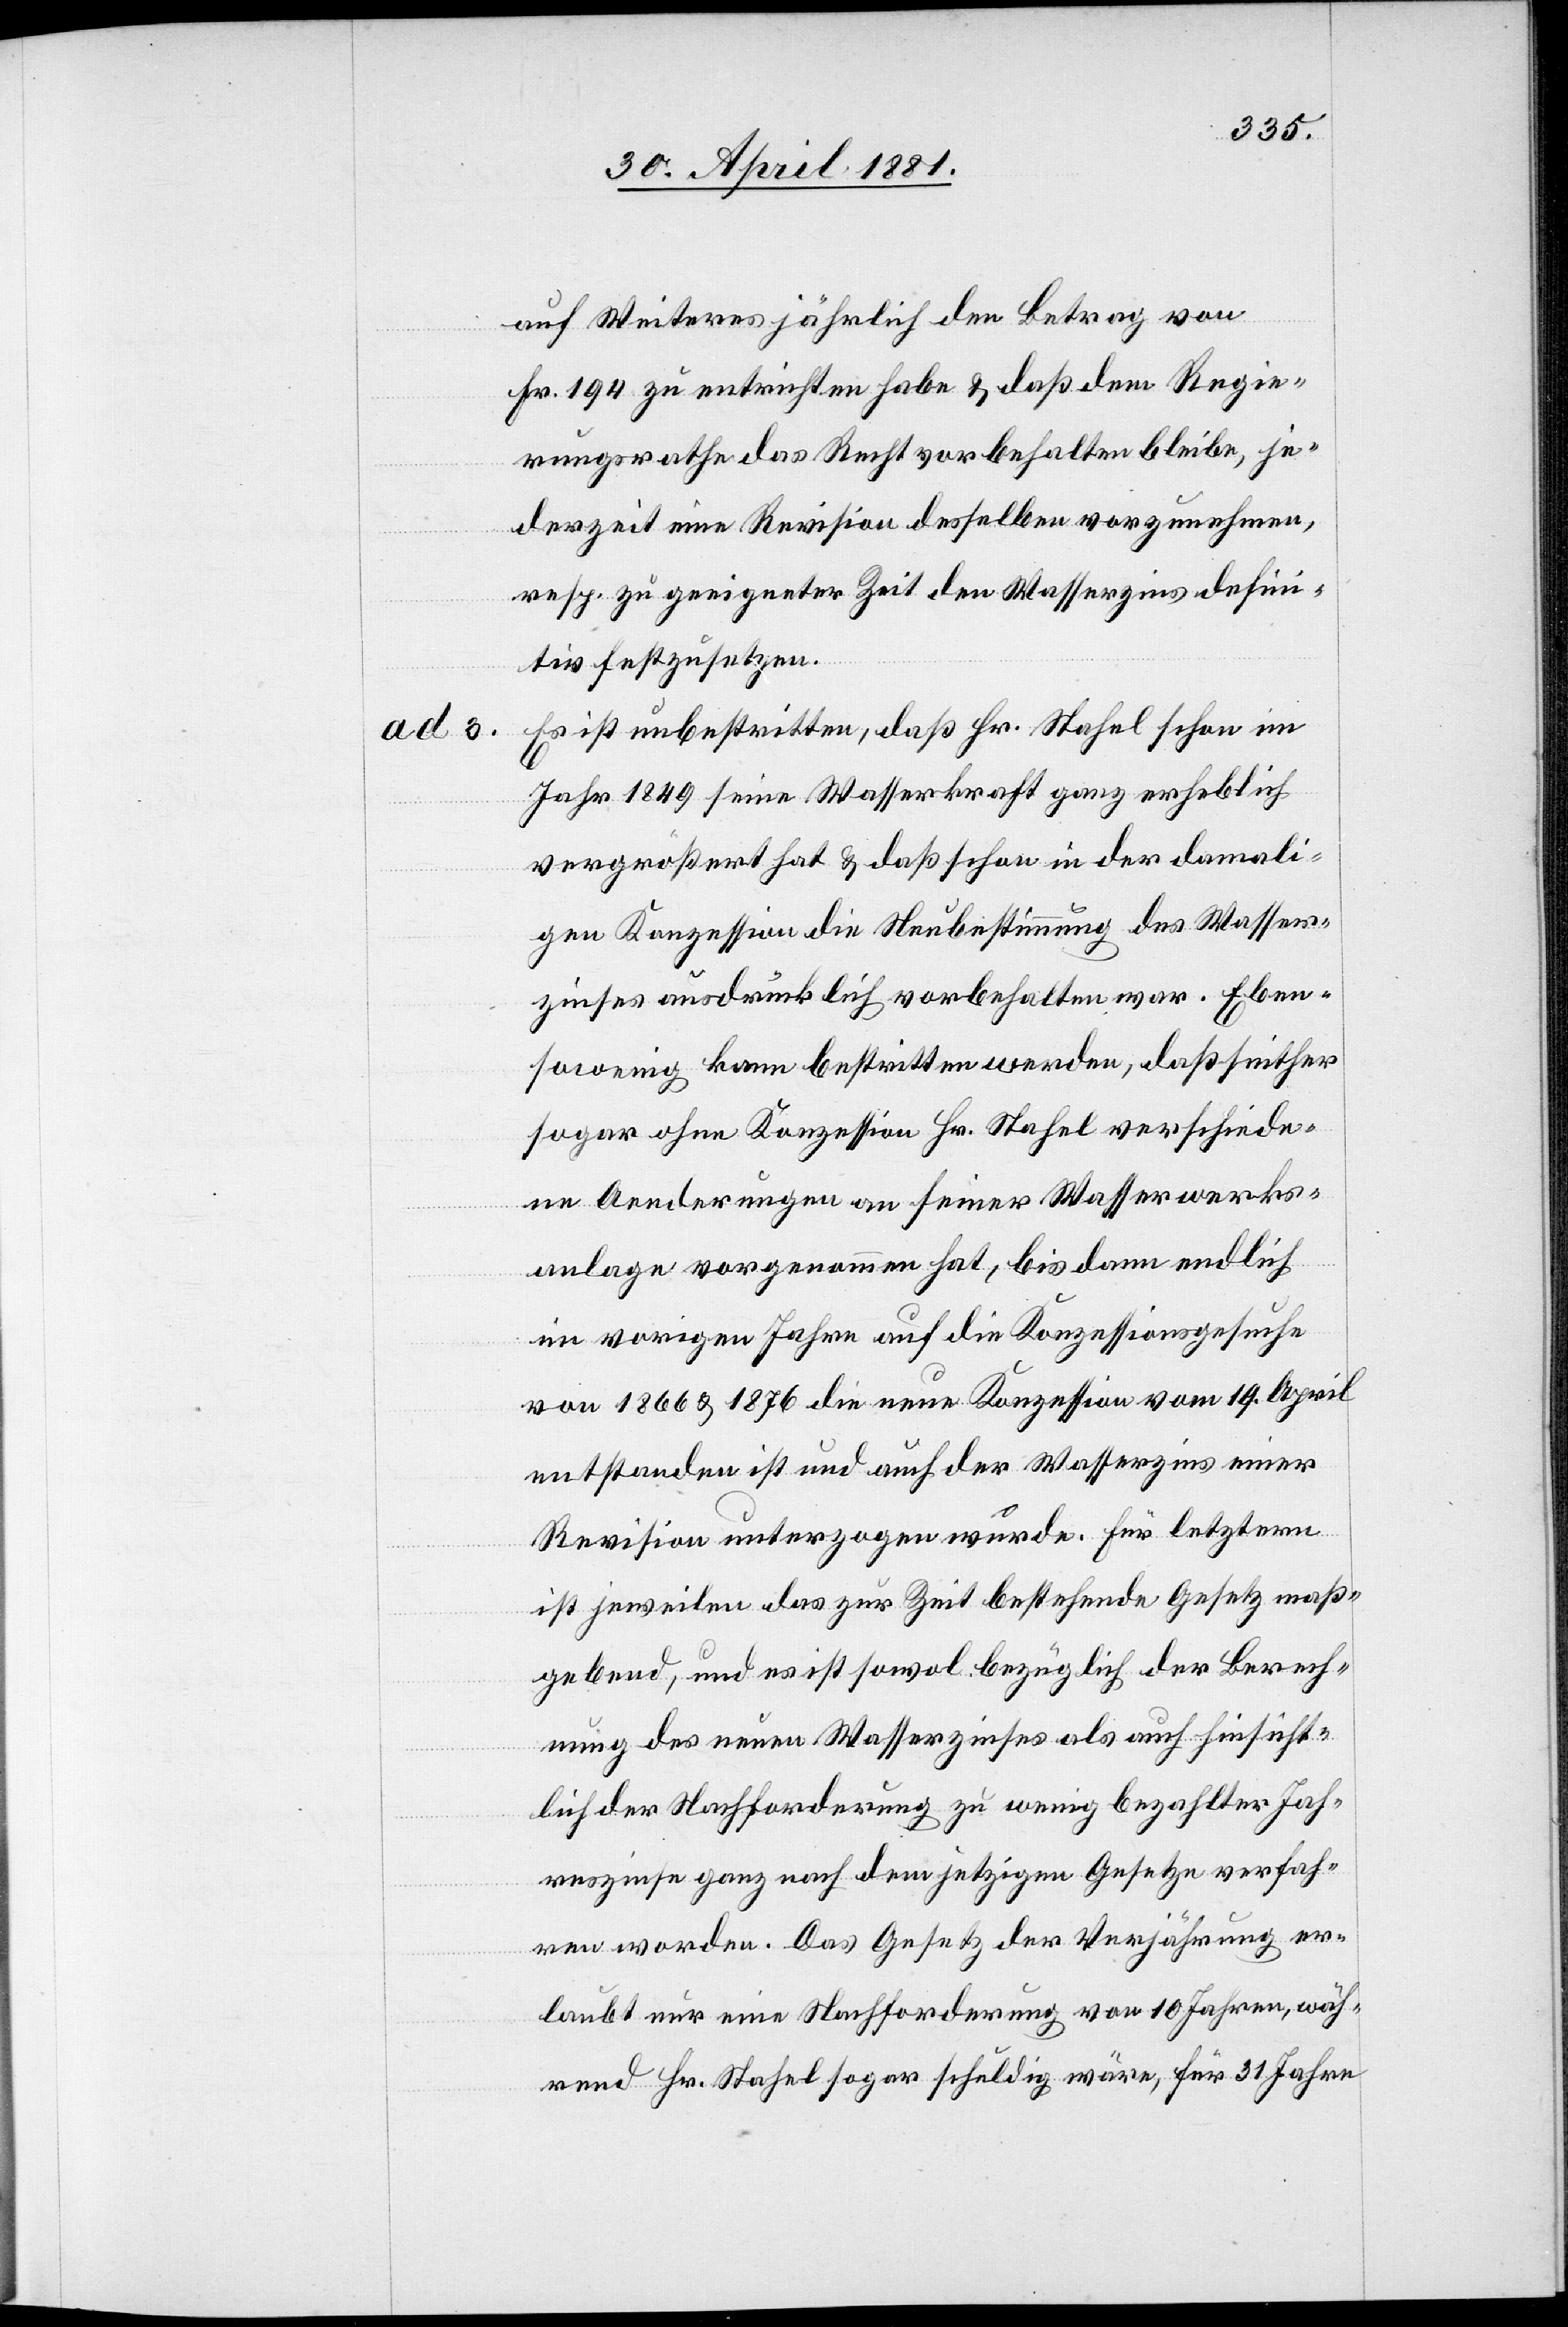
ad. 3.

auf Weiteres jährlich den Betrag von
Fr. 194 zu entrichten habe & daß dem Regie¬
rungsrathe das Recht vorbehalten bleibe, je¬
derzeit eine Revision desselben vorzunehmen,
resp. zu geeigneter Zeit den Wasserzins defini¬
tiv festzusetzen.
Es ist unbestritten, daß Hr. Stahel schon im
Jahr 1849 seine Wasserkraft ganz erheblich
vergrößert hat & daß schon in der damali¬
gen Konzession die Neubestimmung des Wasser¬
zinses ausdrücklich vorbehalten war. Eben¬
sowenig kann bestritten werden, daß seither
sogar ohne Konzession Hr. Stahel verschiede¬
ne Aenderungen an seiner Wasserwerks¬
anlage vorgenommen hat, bis dann endlich
im vorigen Jahre auf die Konzessionsgesuche
von 1866 & 1676 die neue Konzession vom 19. April
entstanden ist und auch der Wasserzins einer
Revision untergezogen wurde. Für letztere
ist jeweilen das zur Zeit bestehende Gesetz maß¬
gebend, und es ist sowol bezüglich der Berech¬
nung des neuen Wasserzinses als auch hinsicht¬
lich der Nachforderung zu wenig bezahlter Jah¬
reszinse ganz nach dem jetzigen Gesetze verfah¬
ren worden. Das Gesetz der Verjährung er¬
laubt nur eine Nachforderung von 10 Jahren, wäh¬
rend Hr. Stahel sogar schuldig wäre, für 31. Jahre